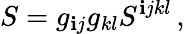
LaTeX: S=g_{\mathbf{i}j}g_{kl}S^{\mathbf{i}jkl}\, ,